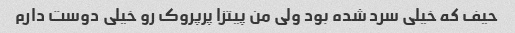
حیف که خیلی سرد شده بود ولی من پیتزا پرپروک رو خیلی دوست دارم